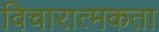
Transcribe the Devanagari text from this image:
विचारात्मकता